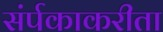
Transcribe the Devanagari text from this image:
संर्पकाकरीता